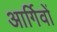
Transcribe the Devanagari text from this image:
आर्गिवों